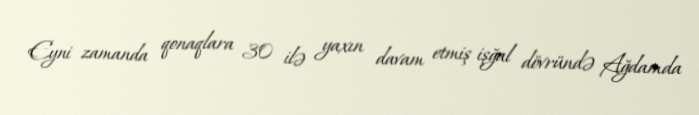
Eyni zamanda qonaqlara 30 ilə yaxın davam etmiş işğal dövründə Ağdamda